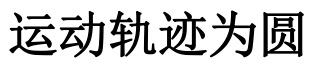
运动轨迹为圆